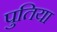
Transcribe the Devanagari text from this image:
पुतिया